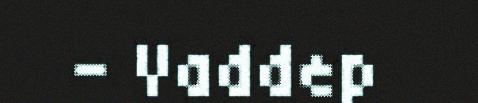
– Vaddep